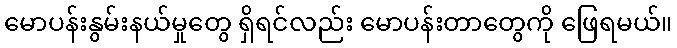
မောပန်းနွမ်းနယ်မှုတွေ ရှိရင်လည်း မောပန်းတာတွေကို ဖြေရမယ်။